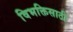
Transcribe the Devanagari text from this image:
विभक्तिसाठी